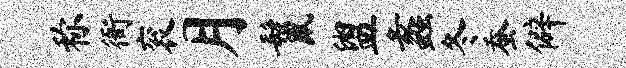
称衙衮月鬣盥蠡冬蚕僻